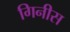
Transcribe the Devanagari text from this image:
गिनीस